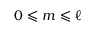
0 \leqslant m \leqslant \ell